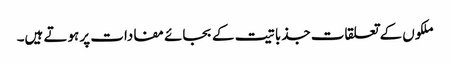
ملکوں کے تعلقات جذباتیت کے بجائے مفادات پر ہوتے ہیں۔